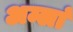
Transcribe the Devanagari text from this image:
अम्लां